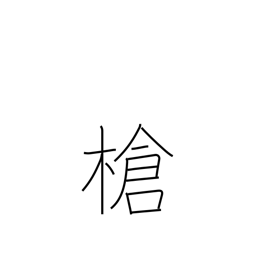
Meaning: javelin